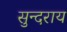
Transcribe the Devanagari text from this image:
सुन्दराय